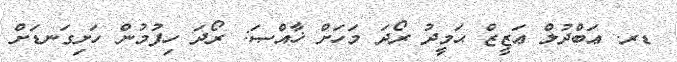
ޑރ. ޢަބްދުލް ޢަޒީޒް ޙަމީދު ރޯދަ މަހަށް ޚާއްޞަ: ރޯދަ ހިފުމުން ހަށިގަނޑަށް